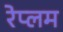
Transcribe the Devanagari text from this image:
रेप्लम